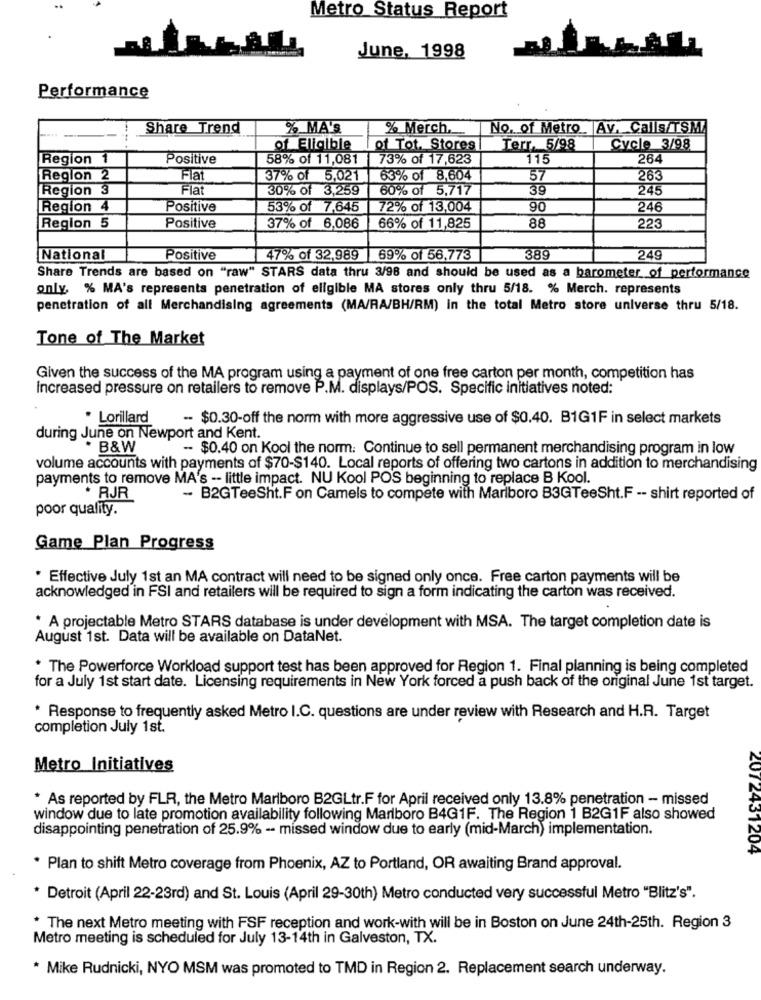
Metro Status Report
June, 1998
Performance
Share Trend
% MA'S
% Merch ..
No. of Metro. Av. Calls/TSMA
of Eligible
of Tot. Stores
Terr. 5/98
Cycle 3/98
Region 1
Positive
58% of 11,081
73% of 17,623
115
264
Region 2
Fla
37% of 5,021
63% of 8,604
57
26.
Region 3
Flat
30% of 3,259
60% of 5,717
39
245
Region 4
Positive
53% of 7,645
72% of 13,004
90
246
Region 5
Positive
37% of 6,086
66% of 11,825
88
223
National
Positive
47% of 32,989
69% of 56,773
389
249
Share Trends are based on "raw" STARS data thru 3/98 and should be used as a barometer of performance
only, % MA's represents penetration of eligible MA stores only thru 5/18. % Merch. represents
penetration of all Merchandising agreements (MA/RA/BH/RM) in the total Metro store universe thru 5/18.
Tone of The Market
Given the success of the MA program using a payment of one free carton per month, competition has
Increased pressure on retailers to remove P.M. displays/POS. Specific initiatives noted:
. Lorillard
- $0.30-off the norm with more aggressive use of $0.40. B1G1F in select markets
during June on Newport and Kent.
. B&W
-- $0.40 on Kool the norm: Continue to sell permanent merchandising program in low
volume accounts with payments of $70-$140. Local reports of offering two cartons in addition to merchandising
payments to remove MA's -- little impact. NU Kool POS beginning to replace B Kool.
* RJR
- B2GTeeSht.F on Camels to compete with Marlboro B3GTeeSht.F -- shirt reported of
poor quality.
Game Plan Progress
* Effective July 1st an MA contract will need to be signed only once. Free carton payments will be
acknowledged in FSI and retailers will be required to sign a form indicating the carton was received.
* A projectable Metro STARS database is under development with MSA. The target completion date is
August 1st. Data will be available on DataNet.
* The Powerforce Workload support test has been approved for Region 1. Final planning is being completed
for a July 1st start date. Licensing requirements in New York forced a push back of the original June 1st target.
* Response to frequently asked Metro I.C. questions are under review with Research and H.R. Target
completion July 1st.
Metro Initiatives
* As reported by FLR, the Metro Marlboro B2GLtr.F for April received only 13.8% penetration - missed
window due to late promotion availability following Marlboro B4G1F. The Region 1 B2G1F also showed
disappointing penetration of 25.9% - missed window due to early (mid-March) implementation.
2012431204
* Plan to shift Metro coverage from Phoenix, AZ to Portland, OR awaiting Brand approval.
* Detroit (April 22-23rd) and St. Louis (April 29-30th) Metro conducted very successful Metro "Blitz's".
* The next Metro meeting with FSF reception and work-with will be in Boston on June 24th-25th. Region 3
Metro meeting is scheduled for July 13-14th in Galveston, TX.
* Mike Rudnicki, NYO MSM was promoted to TMD in Region 2. Replacement search underway.